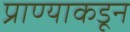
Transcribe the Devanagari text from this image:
प्राण्याकडून